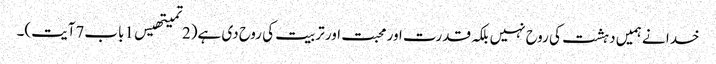
خدا نے ہمیں دہشت کی روح نہیں بلکہ قدرت اور محبت اور تربیت کی روح دی ہے(2تمیتھیس1باب7آیت)۔